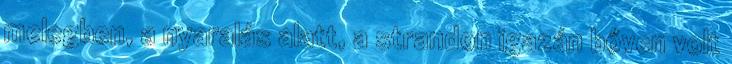
melegben, a nyaralás alatt, a strandon igazán bőven volt